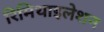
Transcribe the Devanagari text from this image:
रिमिथाइलेशन